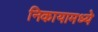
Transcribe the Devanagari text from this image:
निकायामध्ये